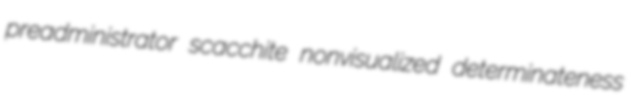
preadministrator scacchite nonvisualized determinateness